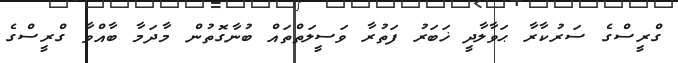
ގްރީސްގެ ސަރުކާރާ ޙަވާލާދީ ޚަބަރު ފަތުރާ ވަސީލަތްތައް ބުނާގޮތުން މާދަމާ ބާއްވާ ގްރީސްގެ